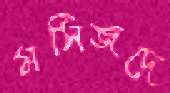
মসিজদে